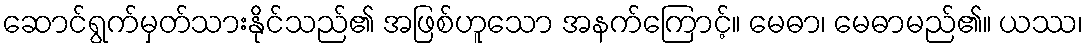
ဆောင်ရွက်မှတ်သားနိုင်သည်၏ အဖြစ်ဟူသော အနက်ကြောင့်။ မေဓာ၊ မေဓာမည်၏။ ယဿ၊